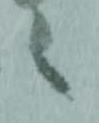
之